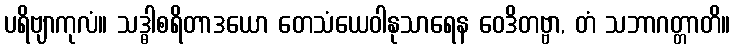
ပရိဗျာကုလံ။ သဒ္ဓါစရိတာဒယော တေသံယေဝါနုသာရေန ဝေဒိတဗ္ဗာ, တံ သဘာဂတ္တာတိ။